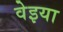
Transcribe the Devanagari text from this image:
वेइया